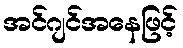
အင်ဂျင်အနေဖြင့်